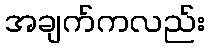
အချက်ကလည်း